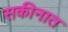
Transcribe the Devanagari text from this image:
सकीनात